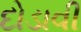
દોડાવી